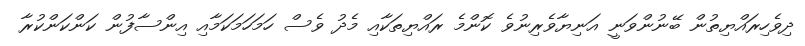
ދިވެހިރައްޔިތުން ބޭނުންވަނީ އަނިޔާވެރިނުވެ ކޮންމެ ރައްޔިތަކާއި މެދު ވެސް ހަމަހަމަކަމާއި އިންސާފުން ކަންކަންކުރާ